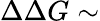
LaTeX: \Delta\Delta G\sim